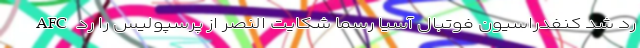
AFC رد شد کنفدراسیون فوتبال آسیا رسما شکایت النصر از پرسپولیس را رد